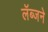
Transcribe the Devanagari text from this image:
लॅब्जने